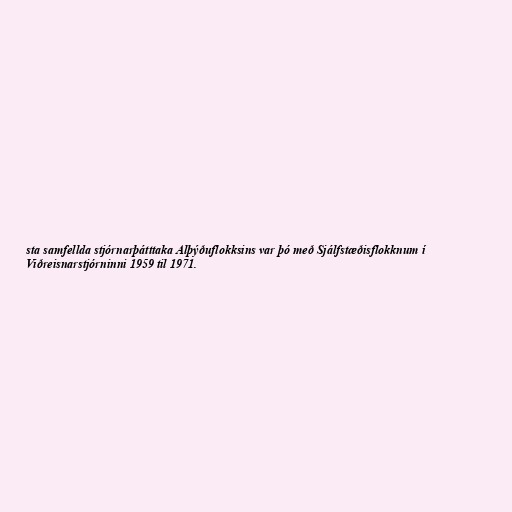
sta samfellda stjórnarþátttaka Alþýðuflokksins var þó með Sjálfstæðisflokknum í
Viðreisnarstjórninni 1959 til 1971.